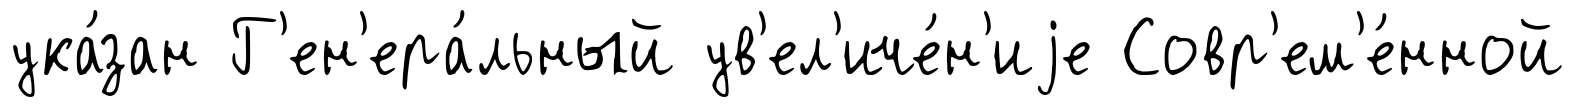
ука́зан Г'ен'ера́льный ув'ел'иче́н'иjе Совр'ем'е́нной